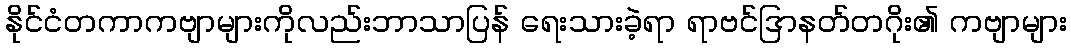
နိုင်ငံတကာကဗျာများကိုလည်းဘာသာပြန် ရေးသားခဲ့ရာ ရာဗင်ဒြာနတ်တဂိုး၏ ကဗျာများ